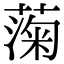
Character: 𫉙